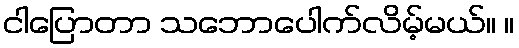
ငါပြောတာ သဘောပေါက်လိမ့်မယ်။ ။